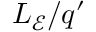
L _ { \mathcal { E } } / q ^ { \prime }